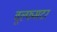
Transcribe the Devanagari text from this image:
वूल्‍फमदर